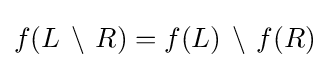
f(L\,\setminus \,R)=f(L)\,\setminus \,f(R)